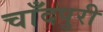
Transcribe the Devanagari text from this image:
चाँदपुरी